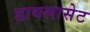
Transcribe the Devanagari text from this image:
डायलासेट